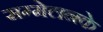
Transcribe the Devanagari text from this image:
सम्मेलनके